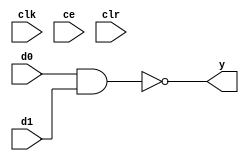
module sysgen_logical_0c47d61908 (
  input [(1 - 1):0] d0,
  input [(1 - 1):0] d1,
  output [(1 - 1):0] y,
  input clk,
  input ce,
  input clr);
  wire d0_1_24;
  wire d1_1_27;
  wire bit_2_27;
  wire fully_2_1_bitnot;
  assign d0_1_24 = d0;
  assign d1_1_27 = d1;
  assign bit_2_27 = d0_1_24 & d1_1_27;
  assign fully_2_1_bitnot = ~bit_2_27;
  assign y = fully_2_1_bitnot;
endmodule